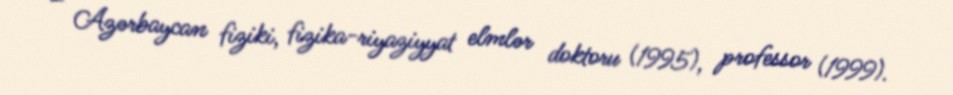
– Azərbaycan fiziki, fizika-riyaziyyat elmlər doktoru (1995), professor (1999).